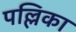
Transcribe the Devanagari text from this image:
पल्लिका